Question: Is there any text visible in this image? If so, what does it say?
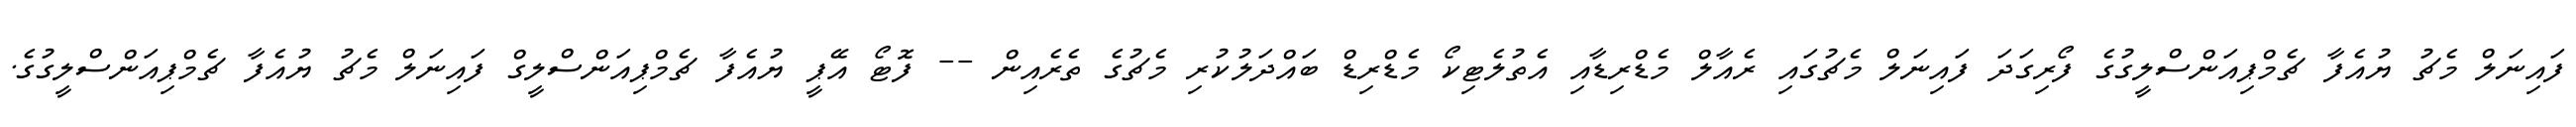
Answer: ފައިނަލް މެޗު ޔުއެފާ ޗެމްޕިއަންސްލީގުގެ ފޯރިގަދަ ފައިނަލް މެޗުގައި ރެއާލް މެޑްރިޑާއި އެތުލެޓިކޯ މެޑްރިޑް ބައްދަލުކުރި މެޗުގެ ތެރެއިން -- ފޮޓޯ އޭޕީ ޔުއެފާ ޗެމްޕިއަންސްލީގް ފައިނަލް މެޗު ޔުއެފާ ޗެމްޕިއަންސްލީގުގެ.